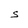
Character: S